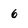
Character: 6